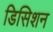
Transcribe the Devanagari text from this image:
डिसिशन